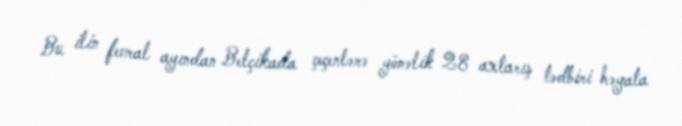
Bu ilin fevral ayından Belçikada çeçenlərə yönəlik 28 axtarış tədbiri həyata